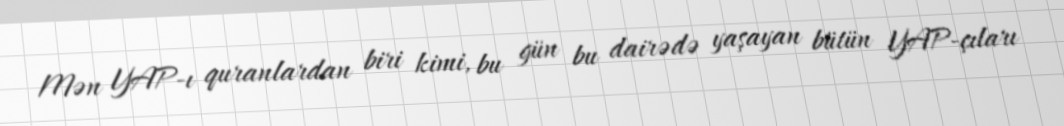
Mən YAP-ı quranlardan biri kimi, bu gün bu dairədə yaşayan bütün YAP-çıları